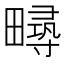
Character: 𤳚